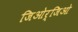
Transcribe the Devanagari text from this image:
जिओर्जिओ